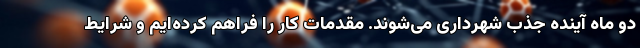
دو ماه آینده جذب شهرداری می‌شوند. مقدمات کار را فراهم کرده‌ایم و شرایط